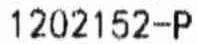
1202152-P